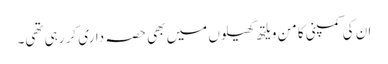
ان کی کمپنی کامن ویلتھ کھیلوں میں بھی حصہ داری کر رہی تھی۔